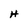
Character: H